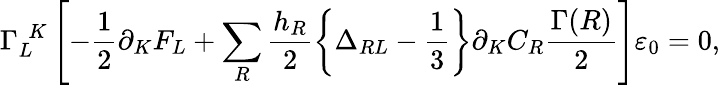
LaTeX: \Gamma_{L}^{~~K}\left[-\frac{1}{2}\partial_{K}F_{L}+\sum_{R}\frac{h_{R}}{2}\left\{ \Delta_{RL}-\frac{1}{3}\right\} \partial_{K}C_{R}\frac{\Gamma(R)}{2}\right]\varepsilon_{0}=0,